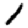
Digit: 1